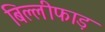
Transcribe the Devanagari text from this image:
बिल्लीफाड़